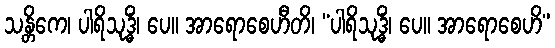
သန္တိကေ၊ ပါရိသုဒ္ဓိံ၊ ပေ။ အာရောစေဟီတိ၊ “ပါရိသုဒ္ဓိံ၊ ပေ။ အာရောစေဟိ”